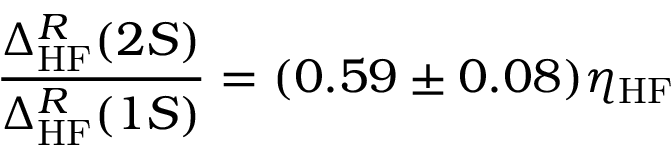
\frac { \Delta _ { \mathrm { H F } } ^ { R } ( 2 S ) } { \Delta _ { \mathrm { H F } } ^ { R } ( 1 S ) } = ( 0 . 5 9 \pm 0 . 0 8 ) \eta _ { \mathrm { H F } }